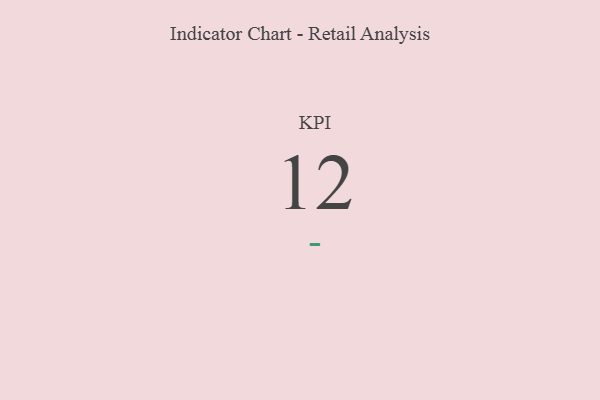
{"axis": {"x": "KPI", "y": "Value"}, "legend": [""], "data": [{"x": "KPI", "y": 12, "type": ""}]}